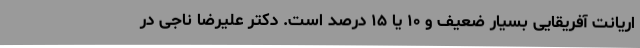
اریانت آفریقایی بسیار ضعیف و ۱۰ یا ۱۵ درصد است. دکتر علیرضا ناجی در